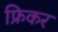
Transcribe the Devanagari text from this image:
फ्रिकर